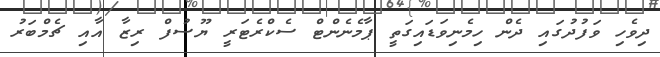
ދިވެހި ވަފުދުގައި ދެން ހިމެނިވަޑައިގަތީ ޕާމެނެންޓް ސެކްރެޓަރީ ޔޫސުފް ރިޒާ އާއި ޗެމްބަރު